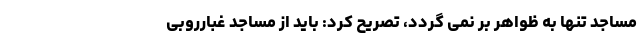
مساجد تنها به ظواهر بر نمی گردد، تصریح کرد: باید از مساجد غبارروبی